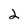
Character: 2